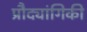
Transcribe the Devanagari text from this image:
प्रौद्यांगिकी